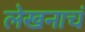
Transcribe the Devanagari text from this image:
लेखनाचं